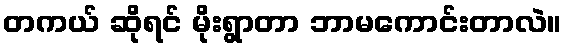
တကယ် ဆိုရင် မိုးရွာတာ ဘာမကောင်းတာလဲ။